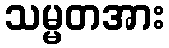
သမ္မတအား